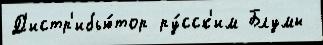
Д'истр'ибью́тор ру́сск'им Блумы